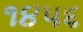
૧૪૫૬